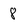
Character: 8